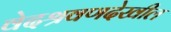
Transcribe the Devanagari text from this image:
वेदश्रवणदेखील